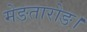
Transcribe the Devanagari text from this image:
मेङतारोङ।